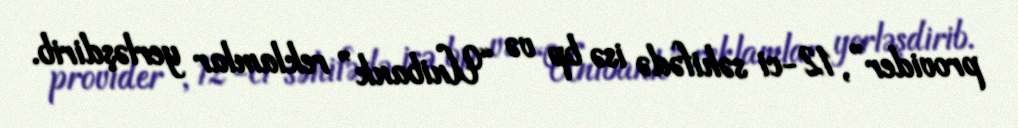
provider”, 12-ci səhifədə isə bp və “Unibank” reklamlar yerləşdirib.